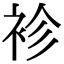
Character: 袗